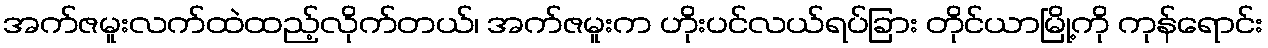
အက်ဇမူးလက်ထဲထည့်လိုက်တယ်၊ အက်ဇမူးက ဟိုးပင်လယ်ရပ်ခြား တိုင်ယာမြို့ကို ကုန်ရောင်း